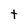
Character: t